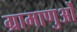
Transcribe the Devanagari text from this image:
ग्रामाणुओं